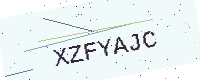
Text: XZFYAJC